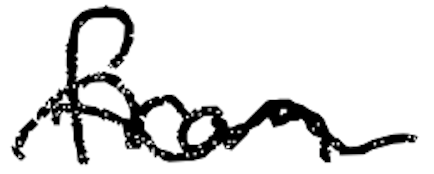
Text: from
Cross-out: wave
Writing tool: digital_black